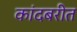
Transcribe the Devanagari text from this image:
कांदबरीत